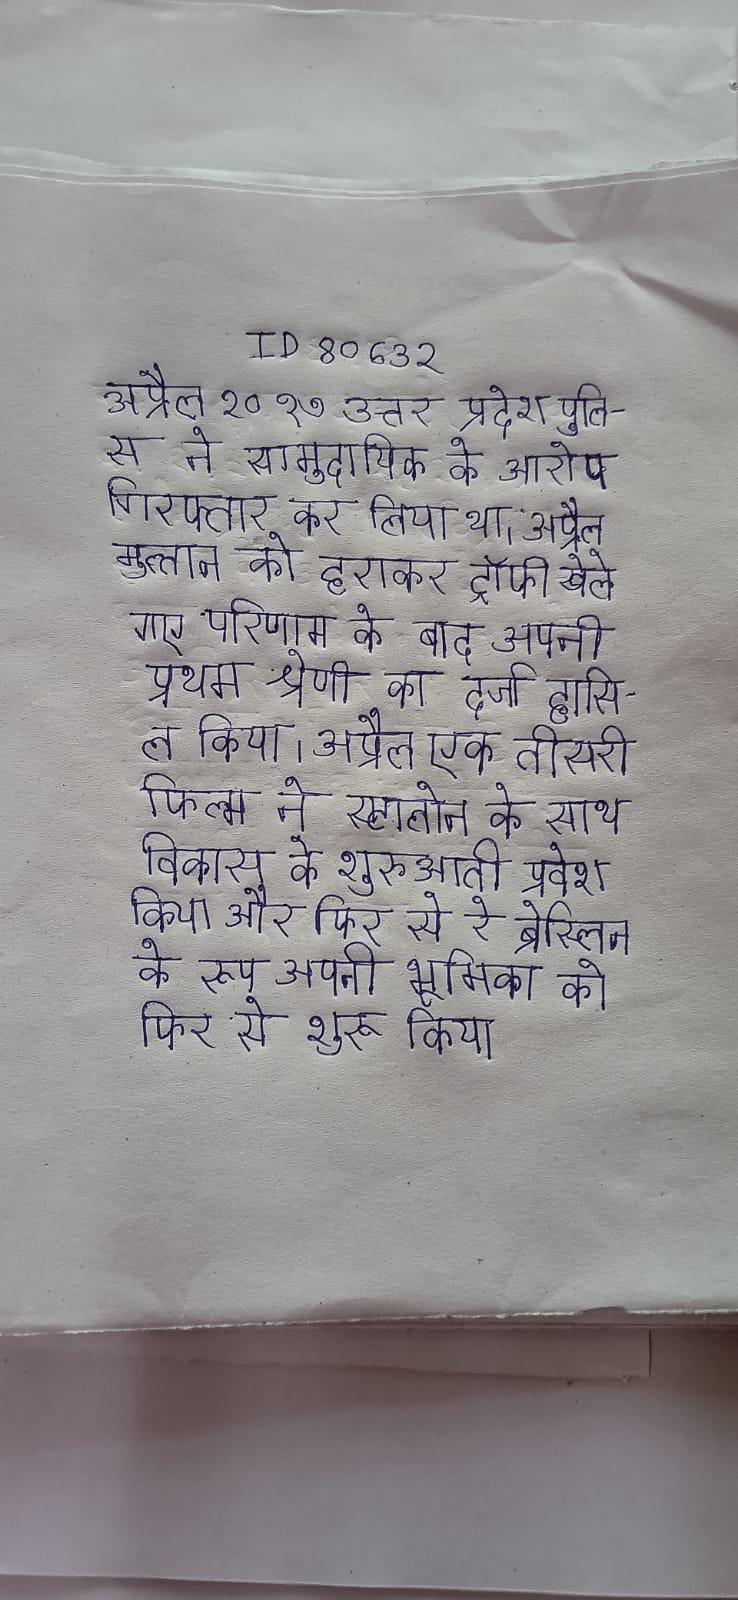
अप्रैल २०१७ उत्तर प्रदेश पुलिस ने सामुदायिक के आरोप गिरफ्तार कर लिया था । अप्रैल मुल्तान को हराकर ट्रॉफी खेले गए परिणाम के बाद अपनी प्रथम श्रेणी का दर्जा हासिल किया । अप्रैल एक तीसरी फिल्म ने स्टालोन के साथ विकास के शुरुआती प्रवेश किया और फिर से रे ब्रेस्लिन के रूप अपनी भूमिका को फिर से शुरू किया ।